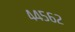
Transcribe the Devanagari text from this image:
४४५६२